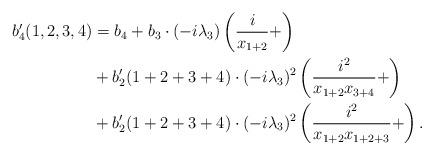
LaTeX: \begin{align*}b'_4(1,2,3,4) &= b_4 + b_3 \cdot (-i\lambda_3)\left( \frac{i}{x_{1+2}} + \right) \\&+b'_2 (1+2+3+4)\cdot (-i\lambda_3)^2 \left(\frac{i^2}{x_{1+2}x_{3+4}} + \right)\\&+ b'_2(1+2+3+4) \cdot (-i\lambda_3)^2 \left( \frac{i^2}{x_{1+2}x_{1+2+3}}+ \right) .\end{align*}